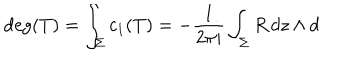
\deg ( T ) = \int _ { \Sigma } c _ { 1 } ( T ) = - \frac { 1 } { 2 \pi i } \int _ { \Sigma } R \, d z \wedge d